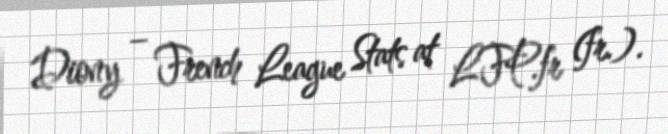
Diony – French League Stats at LFP.fr (fr.).